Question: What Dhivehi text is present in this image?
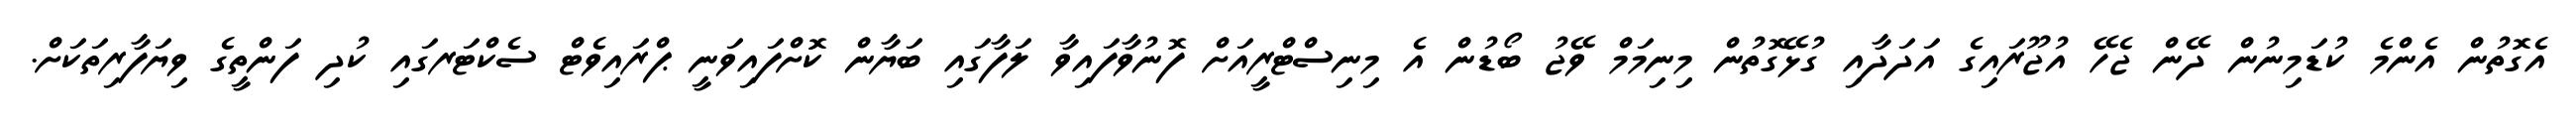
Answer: އެގޮތުން އެންމެ ކުޑަމިނުން ދޭން ޖެހޭ އުޖޫރައިގެ އަދަދާއި ގުޅޭގޮތުން މިނިމަމް ވޭޖު ބޯޑުން އެ މިނިސްޓްރީއަށް ފޮނުވާފައިވާ ލަފާގައި ބަޔާން ކޮށްފައިވަނީ ޕްރައިވެޓް ސެކްޓަރގައި ކުދި ފަންތީގެ ވިޔަފާރިތަކަށް.